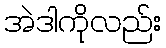
အဲဒါကိုလည်း